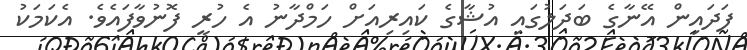
ފަދައިން އޭނާގެ ބަދަލުގައި އުޝާގެ ކައިރިއަށް ހަމްދާނު އެ ހުރީ ފޮނުވާފައެވެ. އެކަމަކު